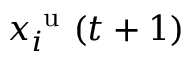
x _ { i } ^ { \mathrm { ~ u ~ } } ( t + 1 )